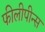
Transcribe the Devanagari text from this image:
फीलीपीन्स